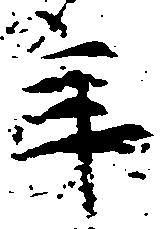
年